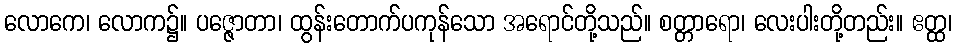
လောကေ၊ လောက၌။ ပဇ္ဇောတာ၊ ထွန်းတောက်ပကုန်သော အရောင်တို့သည်။ စတ္တာရော၊ လေးပါးတို့တည်း။ ဧတ္ထ၊